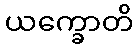
ယက္ခောတိ